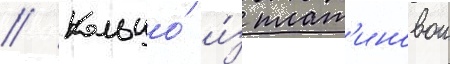
// Кольцо́ и́з плат'иновои